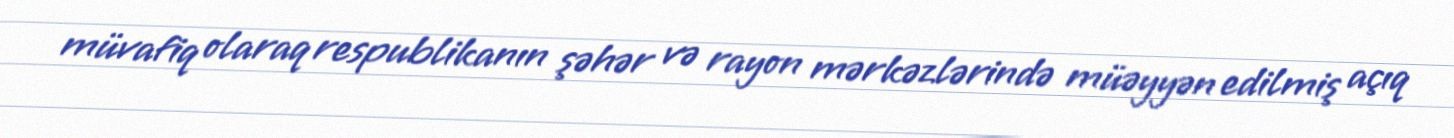
müvafiq olaraq respublikanın şəhər və rayon mərkəzlərində müəyyən edilmiş açıq